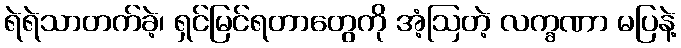
ရဲရဲသာတက်ခဲ့၊ ရှင်မြင်ရတာတွေကို အံ့ဩတဲ့ လက္ခဏာ မပြနဲ့